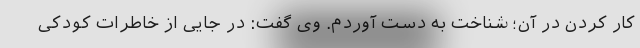
کار کردن در آن؛ شناخت به دست آوردم. وی گفت: در جایی از خاطرات کودکی